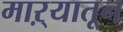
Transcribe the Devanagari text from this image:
माऱ्यातून